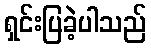
ရှင်းပြခဲ့ပါသည်